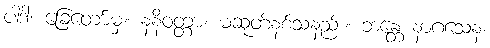
ပါဒါ၊ ခြေတော်မှ။ နနိဝတ္တာ၊ မဆုတ်နစ်သနည်း။ ဘန္တေ နာဂသေန၊